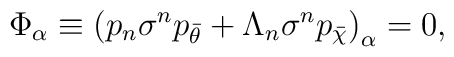
\Phi_\alpha \equiv {(p_n \sigma^n p_{\bar\theta}+\Lambda_n \sigma^n p_{\bar\chi})}_\alpha=0,